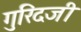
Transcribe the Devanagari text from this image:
गुरिंदजी